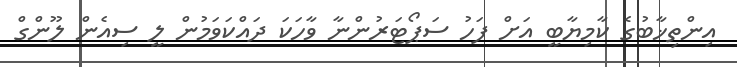
އިންތިޚާބުގެ ކާމިޔާބީ އަށް ފަހު ސަޕޯޓަރުންނާ ވާހަކަ ދައްކަވަމުން ލީ ސިއެން ލޫންގް